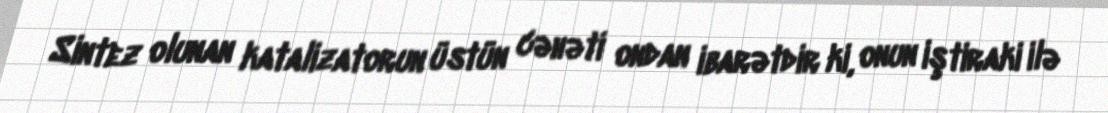
Sintez olunan katalizatorun üstün cəhəti ondan ibarətdir ki, onun iştiraki ilə